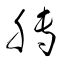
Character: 膊